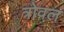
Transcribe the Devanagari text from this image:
त्रोवल